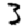
Digit: 3